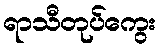
ရာသီတုပ်ကွေး